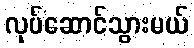
လုပ်ဆောင်သွားမယ်